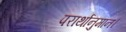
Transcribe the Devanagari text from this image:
परार्थानुमान।